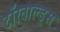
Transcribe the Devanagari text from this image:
टॉरवाल्ड्स